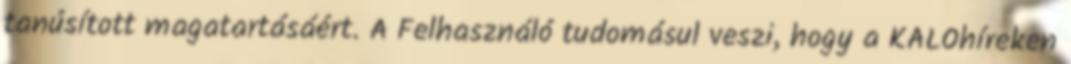
tanúsított magatartásáért. A Felhasználó tudomásul veszi, hogy a KALOhíreken